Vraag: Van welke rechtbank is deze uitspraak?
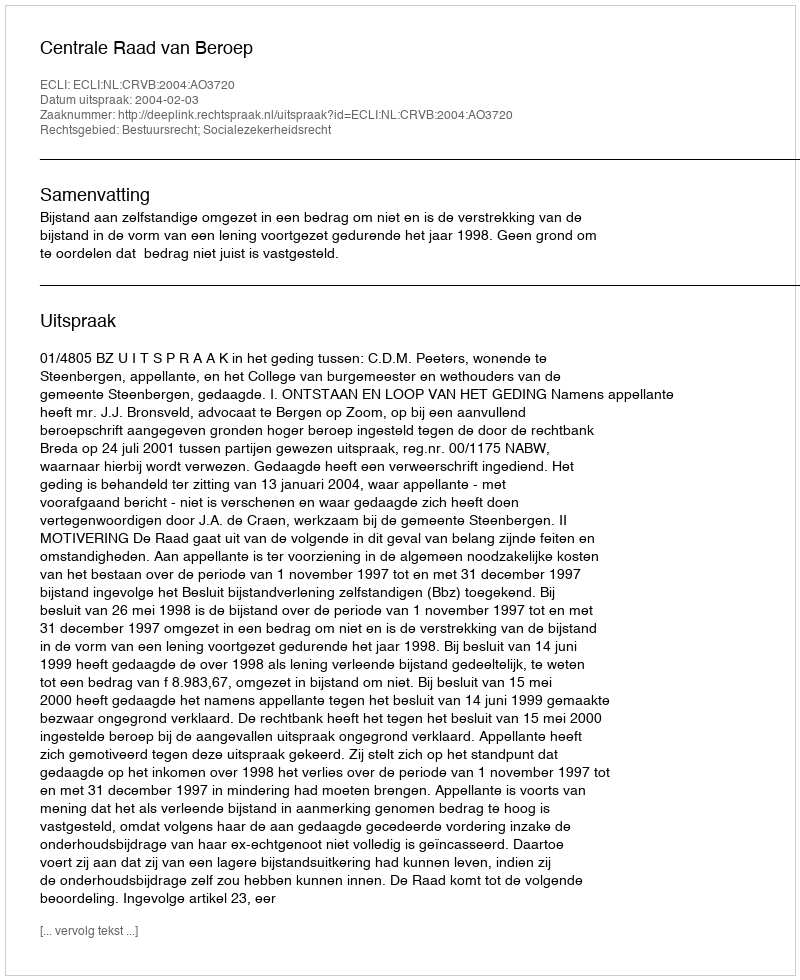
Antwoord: Centrale Raad van Beroep